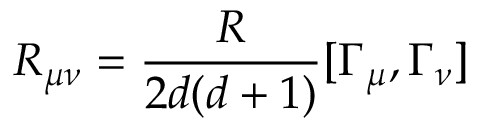
R _ { \mu \nu } = \frac { R } { 2 d ( d + 1 ) } [ \Gamma _ { \mu } , \Gamma _ { \nu } ]